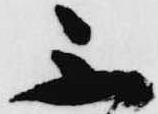
ふ